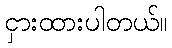
ငှားထားပါတယ်။